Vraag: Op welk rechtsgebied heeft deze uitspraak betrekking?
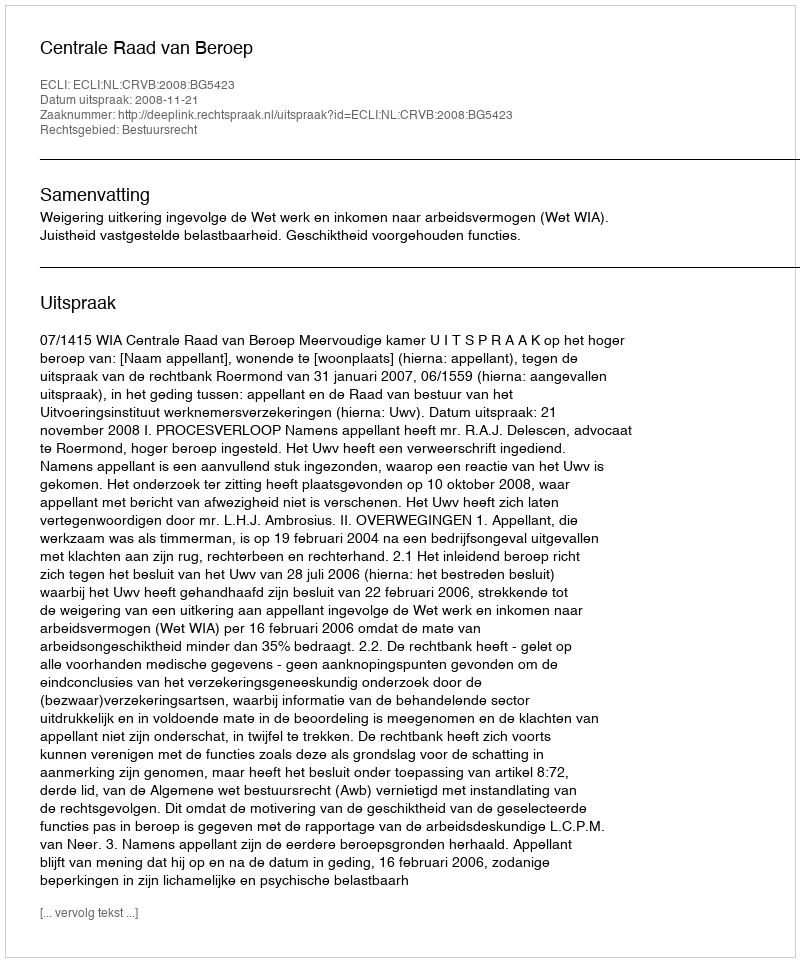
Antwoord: Bestuursrecht